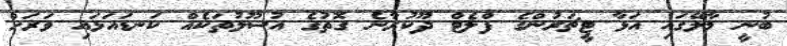
ބުނީ މާލޭގައި އަޅާ ޓީޗަރުންގެ ފްލެޓް ދޫކުރާނެ ގޮތުގެ އުސޫލުތަކެއް ކަނޑައަޅައި ވަރަށް